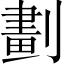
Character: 劃